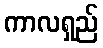
ကာလရှည်